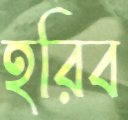
হরিব